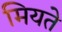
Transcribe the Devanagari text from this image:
मियते